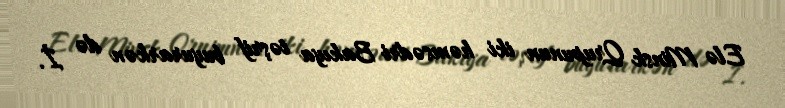
Elə Minsk Qrupunun iki həmsədri Bakıya təşrif buyurarkən də İ.